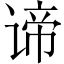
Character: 谛